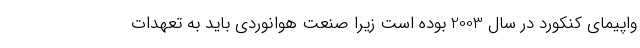
واپیمای کنکورد در سال 2003 بوده است زیرا صنعت هوانوردی باید به تعهدات